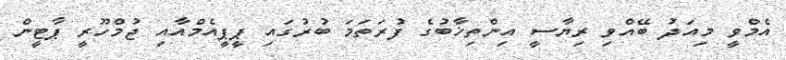
އެމްވީ މިއަދު ބޭއްވި ރިޔާސީ އިންތިޚާބުގެ ފުރަތަމަ ބުރުގައި ޕީޕީއެމްއާއި ޖުމްހޫރީ ޕާޓީން